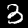
Digit: 3